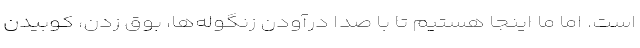
است. اما ما اینجا هستیم تا با صدا درآودن زنگوله‌ها، بوق زدن، کوبیدن